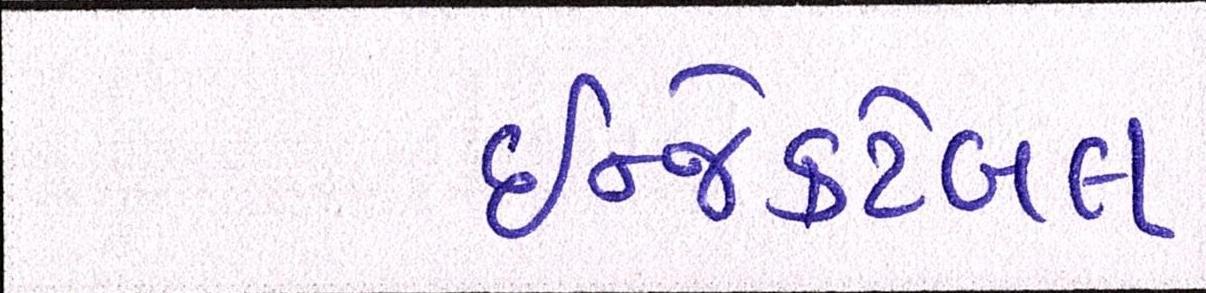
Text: ઇન્જેક્ટેબલ